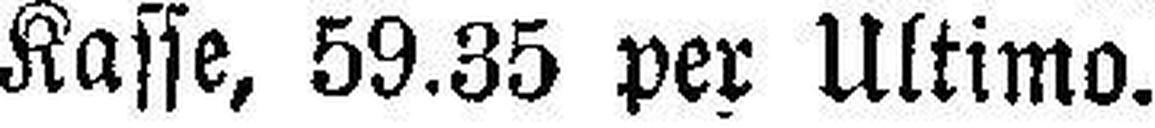
Kasse, 59.35 per Ultimo.